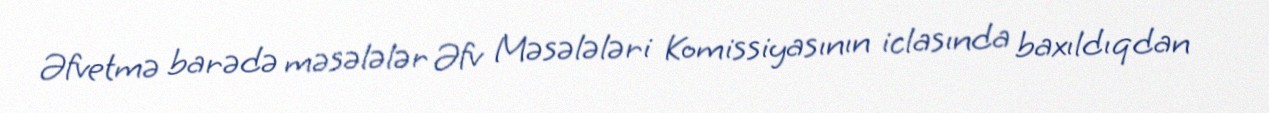
Əfvetmə barədə məsələlər Əfv Məsələləri Komissiyasının iclasında baxıldıqdan